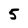
Character: 5